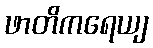
ဖာတိကရေယျ